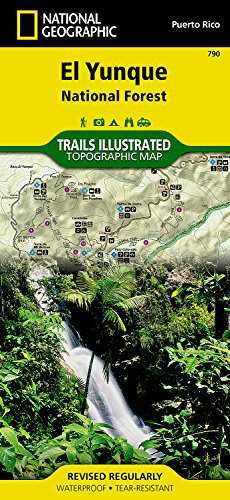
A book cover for El Yunque National Forest (National Geographic Trails Illustrated Map); National Geographic Maps - Trails Illustrated; Travel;